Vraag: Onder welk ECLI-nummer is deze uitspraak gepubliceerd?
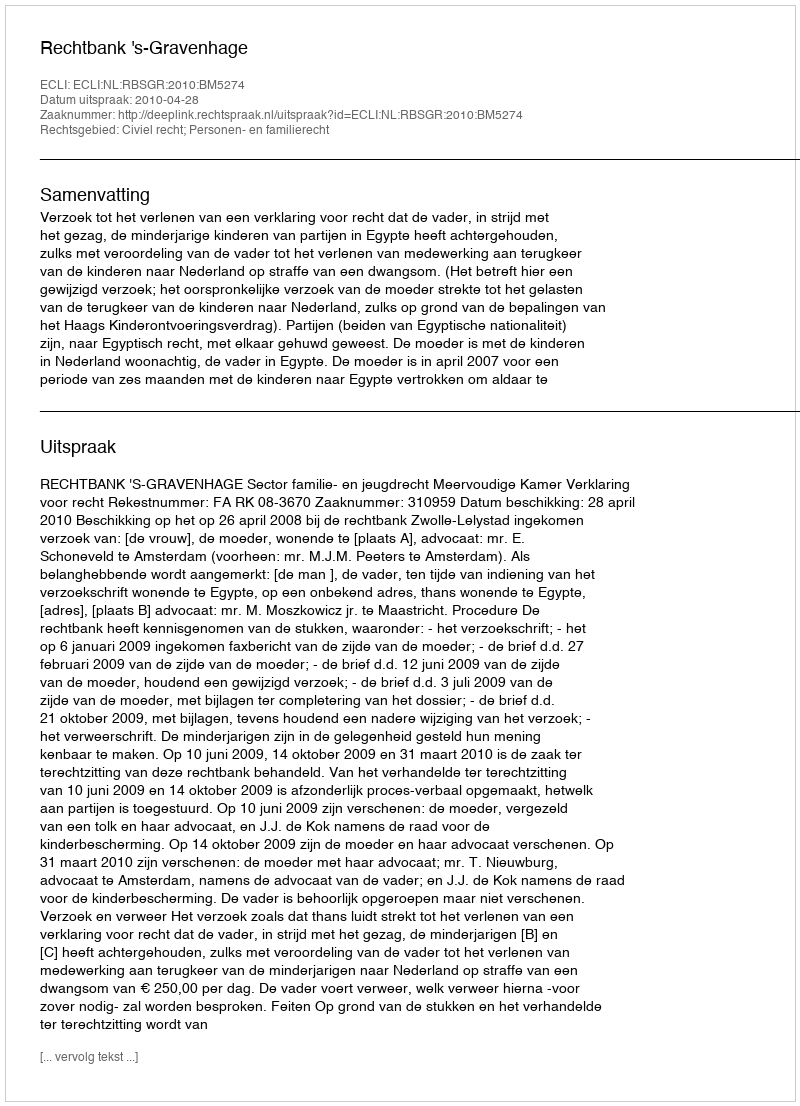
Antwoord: ECLI:NL:RBSGR:2010:BM5274